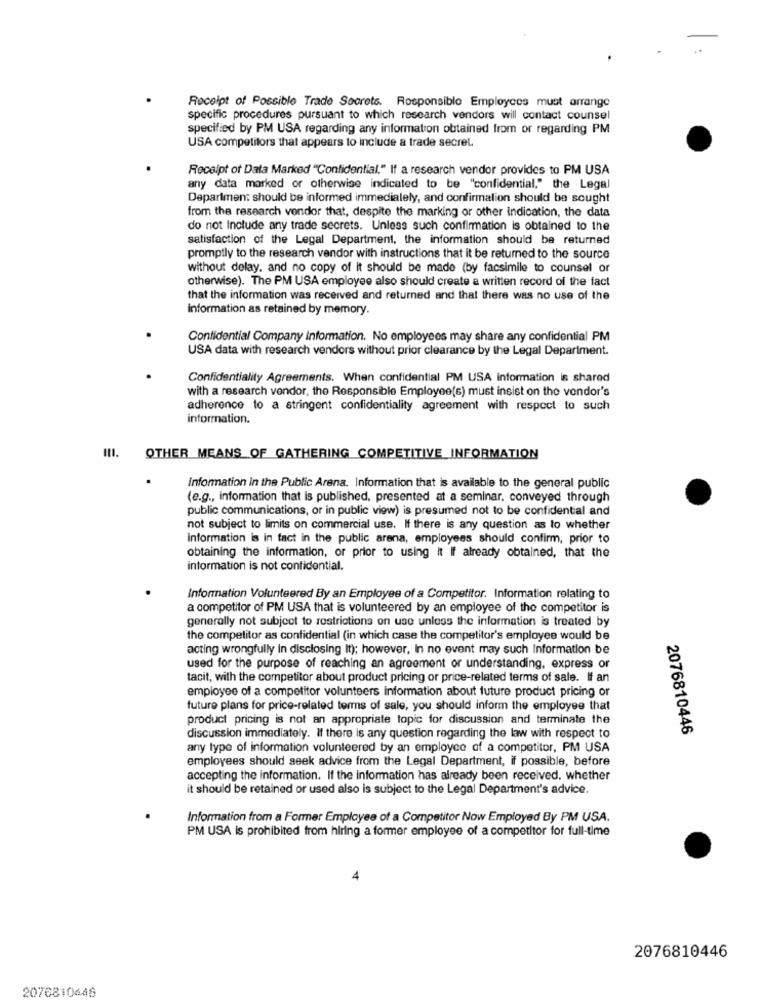
Receipt of Possible Trade Secrets. Responsible Employees must arrange
specific procedures pursuant to which research vendors will contact counsel
specified by PM USA regarding any information obtained from or regarding PM
USA competitors that appears to include a trade secret.
Receipt of Data Marked "Confidential." If a research vendor provides to PM USA
any data marked or otherwise indicated to be "confidential," the Legal
Department should be informed immediately, and confirmation should be sought
from the research vondor that, despite the marking or other indication, the data
do not Include any trade secrets. Unless such confirmation is obtained to the
satisfaction of the Legal Department, the information should be returned
promptly to the research vendor with instructions that it be returned to the source
without delay, and no copy of it should be made (by facsimile to counsel or
otherwise). The PM USA employee also should create a written record of the fact
that the information was received and returned and that there was no use of the
Information as retained by memory.
Confidential Company Information. No employees may share any confidential PM
USA data with research vendors without prior clearance by the Legal Department.
Confidentiality Agreements. When confidential PM USA information is shared
with a research vondor, the Responsible Employee(s) must insist on the vendor's
adherence to a stringent confidentiality agreement with respect to such
information.
OTHER MEANS OF GATHERING COMPETITIVE_INFORMATION
Information In the Public Arena. Information that is available to the general public
(e.g ., information that is published, presented at a seminar, conveyed through
public communications, or in public view) is presumed not to be confidential and
not subject to limits on commercial use. If there is any question as to whether
information is in fact in the public arena, employees should confirm, prior to
obtaining the information, or prior to using it If already obtained, that the
information is not confidential.
Information Volunteered By an Employee of a Competitor. Information relating to
a competitor of PM USA that is volunteered by an employee of the competitor is
generally not subject to restrictions on use unless the information is treated by
the competitor as confidential (in which case the competitor's employee would be
acting wrongfully In disclosing It); however, In no event may such Information be
used for the purpose of reaching an agreement or understanding, express or
tacit, with the competitor about product pricing or price-related terms of sale. If an
employee of a competitor volunteers information about future product pricing or
future plans for price-related terms of sale, you should inform the employee that
product pricing is not an appropriate topic for discussion and terminate the
2076810446
discussion immediately. If there is any question regarding the law with respect to
any type of information volunteered by an employee of a competitor, PM USA
employees should seek advice from the Legal Department, if possible, before
accepting the information. If the information has already been received, whether
it should be retained or used also is subject to the Legal Department's advice.
Information from a Former Employee of a Competitor Now Employed By PM USA.
PM USA is prohibited from hiring a former employee of a competitor for full-time
4
2076810446
2076810446